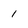
Character: 1